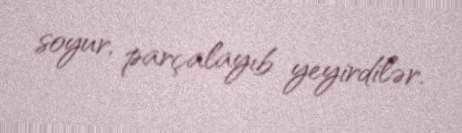
soyur, parçalayıb yeyirdilər.